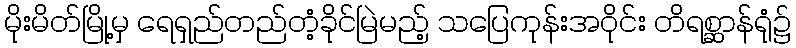
မိုးမိတ်မြို့မှ ရေရှည်တည်တံ့ခိုင်မြဲမည့် သပြေကုန်းအဝိုင်း တိရစ္ဆာန်ရုံ၌